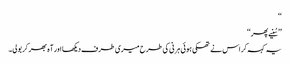
‘‘
’’سُنیے پھر‘‘
یہ کہہ کر اس نے تھکی ہوئی ہرنی کی طرح میری طرف دیکھا اور آہ بھر کربولی۔